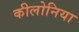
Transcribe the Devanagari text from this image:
कीलोनिया